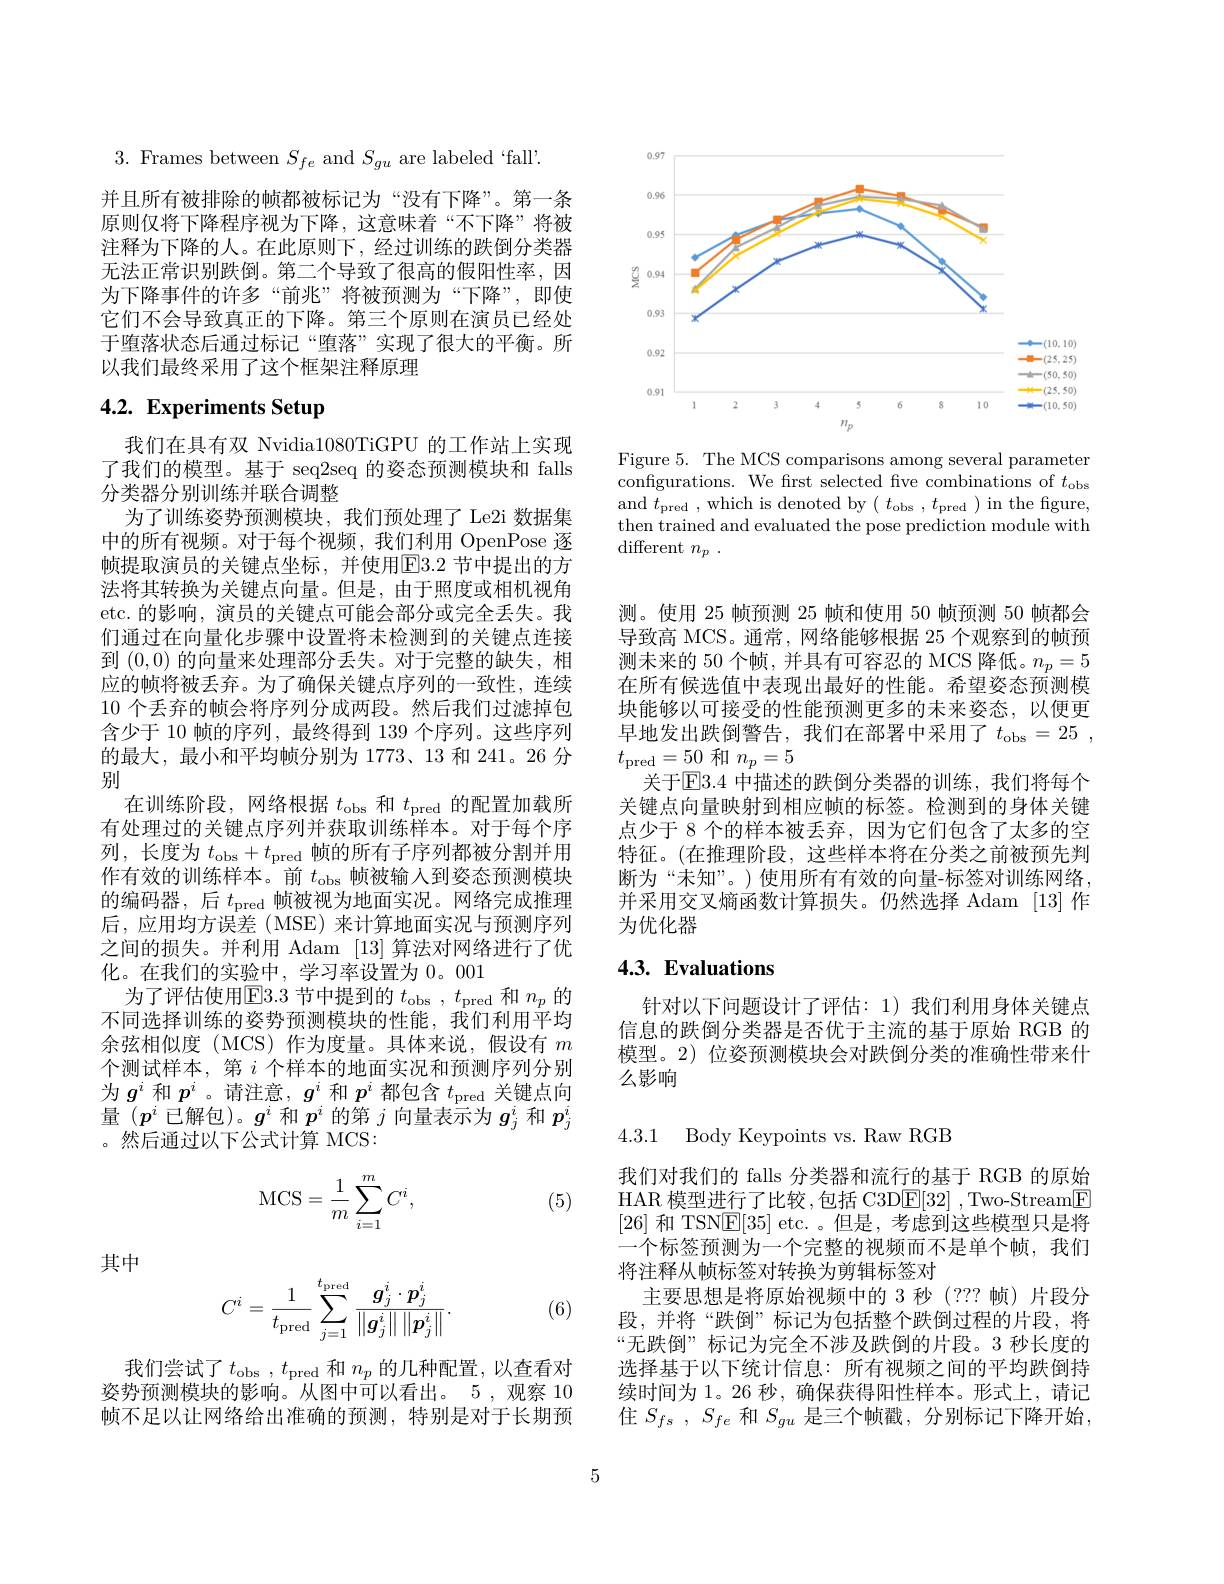
$3.{\mathrm{~Frames~between~}S_{fe}}$ and $S_gu{\mathrm{~are~labeled~}}`$fall'

并且所有被排除的帧都被标记为“没有下降”。第一条原则仅将下降程序视为下降，这意味着“不下降”将被注释为下降的人。在此原则下，经过训练的跌倒分类器无法正常识别跌倒。第二个导致了很高的假阳性率，因为下降事件的许多“前兆”将被预测为“下降”,即使它们不会导致真正的下降。第三个原则在演员已经处于堕落状态后通过标记“堕落”实现了很大的平衡。所以我们最终采用了这个框架注释原理

# 4.2. Experiments Setup

我们在具有双 Nvidia1080TiGPU 的工作站上实现了我们的模型。基于 seq2seq 的姿态预测模块和 falls 分类器分别训练并联合调整
为了训练姿势预测模块，我们预处理了 Le2i 数据集中的所有视频。对于每个视频，我们利用 OpenPose 逐帧提取演员的关键点坐标，并使用$\boxed{\mathrm{E}}3.2$ 节中提出的方法将其转换为关键点向量。但是，由于照度或相机视角etc. 的影响，演员的关键点可能会部分或完全丢失。我们通过在向量化步骤中设置将未检测到的关键点连接到(0,0)的向量来处理部分丢失。对于完整的缺失，相应的帧将被丢弃。为了确保关键点序列的一致性，连续10 个丢弃的帧会将序列分成两段。然后我们过滤掉包含少于 10 帧的序列，最终得到 139 个序列。这些序列的最大，最小和平均帧分别为 1773、13 和 241。26 分别
在训练阶段，网络根据$t_\mathrm{obs}$和$t_\mathrm{pred}$的配置加载所有处理过的关键点序列并获取训练样本。对于每个序列，长度为$t_\mathrm{obs}+t_\mathrm{pred}$帧的所有子序列都被分割并用作有效的训练样本。前$t_\mathrm{obs}$帧被输入到姿态预测模块的编码器，后$t_\mathrm{pred}$帧被视为地面实况。网络完成推理后，应用均方误差(MSE)来计算地面实况与预测序列之间的损失。并利用 Adam [13]算法对网络进行了优化。在我们的实验中，学习率设置为 0。001
为了评估使用E3.3节中提到的$t_\mathrm{obs},t_\mathrm{pred}$和$n_p$的不同选择训练的姿势预测模块的性能，我们利用平均余弦相似度(MCS)作为度量。具体来说，假设有$m$ 个测试样本，第$i$个样本的地面实况和预测序列分别为$g^i$和$p^i$ 。请注意，$g^i$和$p^i$都包含$t_\mathrm{pred}$关键点向量($p^i$已解包)。$g^i$和$p^i$的第$j$向量表示为$g_j^i$和$p_j^i$ 。然后通过以下公式计算 MCS:
$$\mathrm{MCS}=\frac{1}{m}\sum_{i=1}^{m}C^i,$$
(5)

其中
$$C^i=\frac{1}{t_{\mathrm{pred}}}\sum_{j=1}^{t_{\mathrm{pred}}}\frac{g_j^i\cdot p_j^i}{\left\|g_j^i\right\|\left\|p_j^i\right\|}.$$
(6)

我们尝试了$t_\mathrm{obs},t_\mathrm{pred}$和$n_p$的几种配置，以查看对姿势预测模块的影响。从图中可以看出。5,观察 10帧不足以让网络给出准确的预测，特别是对于长期预

<FigureHere>

Figure 5. The MCS comparisons among several parameter configurations. We first selected five combinations of $t_\mathrm{obs}$ and $t_{\mathrm{pred}}$,which is denoted by$(t_{\mathrm{obs}},t_{\mathrm{pred}})$ in the figure, then trained and evaluated the pose prediction module with different $n_p$ .

测。使用 25 帧预测 25 帧和使用 50 帧预测 50 帧都会导致高 MCS。通常，网络能够根据 25 个观察到的帧预测未来的 50 个帧，并具有可容忍的 MCS 降低。$n_p=5$ 在所有候选值中表现出最好的性能。希望姿态预测模块能够以可接受的性能预测更多的未来姿态，以便更早地发出跌倒警告，我们在部署中采用了$t_\mathrm{obs}= 25$ , $t_{\mathrm{pred}}=50$和$n_p=5$
$\dot{\text{关于}\mathrm{E}}3.4\dot{\text{ 中描述的跌倒分类器的训练，我们将每个}}$ 关键点向量映射到相应帧的标签。检测到的身体关键点少于 8 个的样本被丢弃 ,因为它们包含了太多的空特征。(在推理阶段，这些样本将在分类之前被预先判断为“未知”。)使用所有有效的向量-标签对训练网络， 并采用交叉熵函数计算损失。仍然选择 Adam [13]作为优化器

# 4.3. Evaluations

针对以下问题设计了评估：1)我们利用身体关键点信息的跌倒分类器是否优于主流的基于原始 RGB 的模型。2) 位姿预测模块会对跌倒分类的准确性带来什么影响

4.3.1 Body Keypoints vs. Raw RGB

我们对我们的 falls 分类器和流行的基于 RGB 的原始HAR 模型进行了比较 ,包括 C3D$\underline{\mathrm{E}}[32]$ ,Two-Stream$\underline{\mathrm{F}}$ [26]和 TSN$\boxed{\mathrm{E}}[35]$ etc. 。但是，考虑到这些模型只是将一个标签预测为一个完整的视频而不是单个帧，我们将注释从帧标签对转换为剪辑标签对
主要思想是将原始视频中的 3 秒 (??? 帧) 片段分段，并将“跌倒”标记为包括整个跌倒过程的片段，将“无跌倒” 标记为完全不涉及跌倒的片段。3 秒长度的选择基于以下统计信息：所有视频之间的平均跌倒持续时间为 1。26 秒，确保获得阳性样本。形式上，请记住$S_{fs}$ , $S_{fe}$和$S_{gu}$是三个帧戳，分别标记下降开始，

5